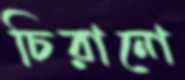
চিরানো